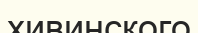
хивинского